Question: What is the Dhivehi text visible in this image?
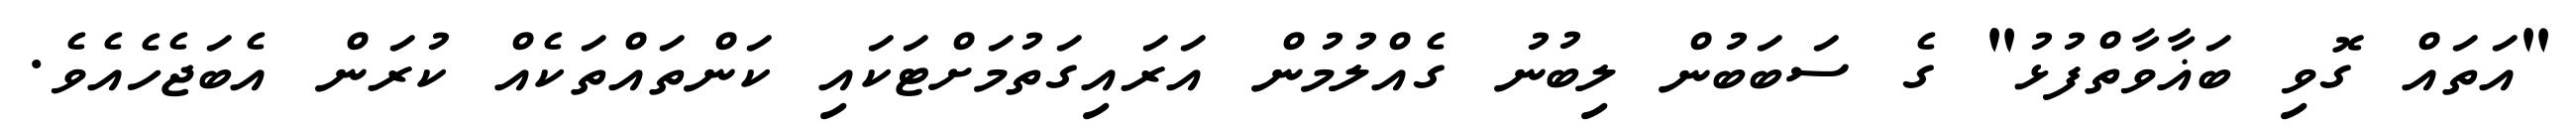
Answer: "އަތައް ގޮވި ބަޣާވާތްފުޅު" ގެ ސަބަބުން ލިބުނު ގެއްލުމުން އަރައިގަތުމަށްޓަކައި ކަންތައްތަކެއް ކުރަން އެބަޖެހެއެވެ.